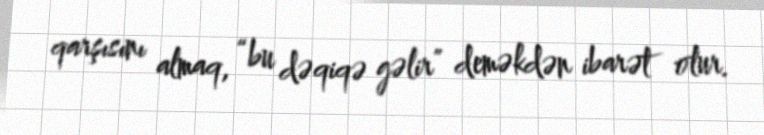
qarşısını almaq, “bu dəqiqə gəlir” deməkdən ibarət olur.